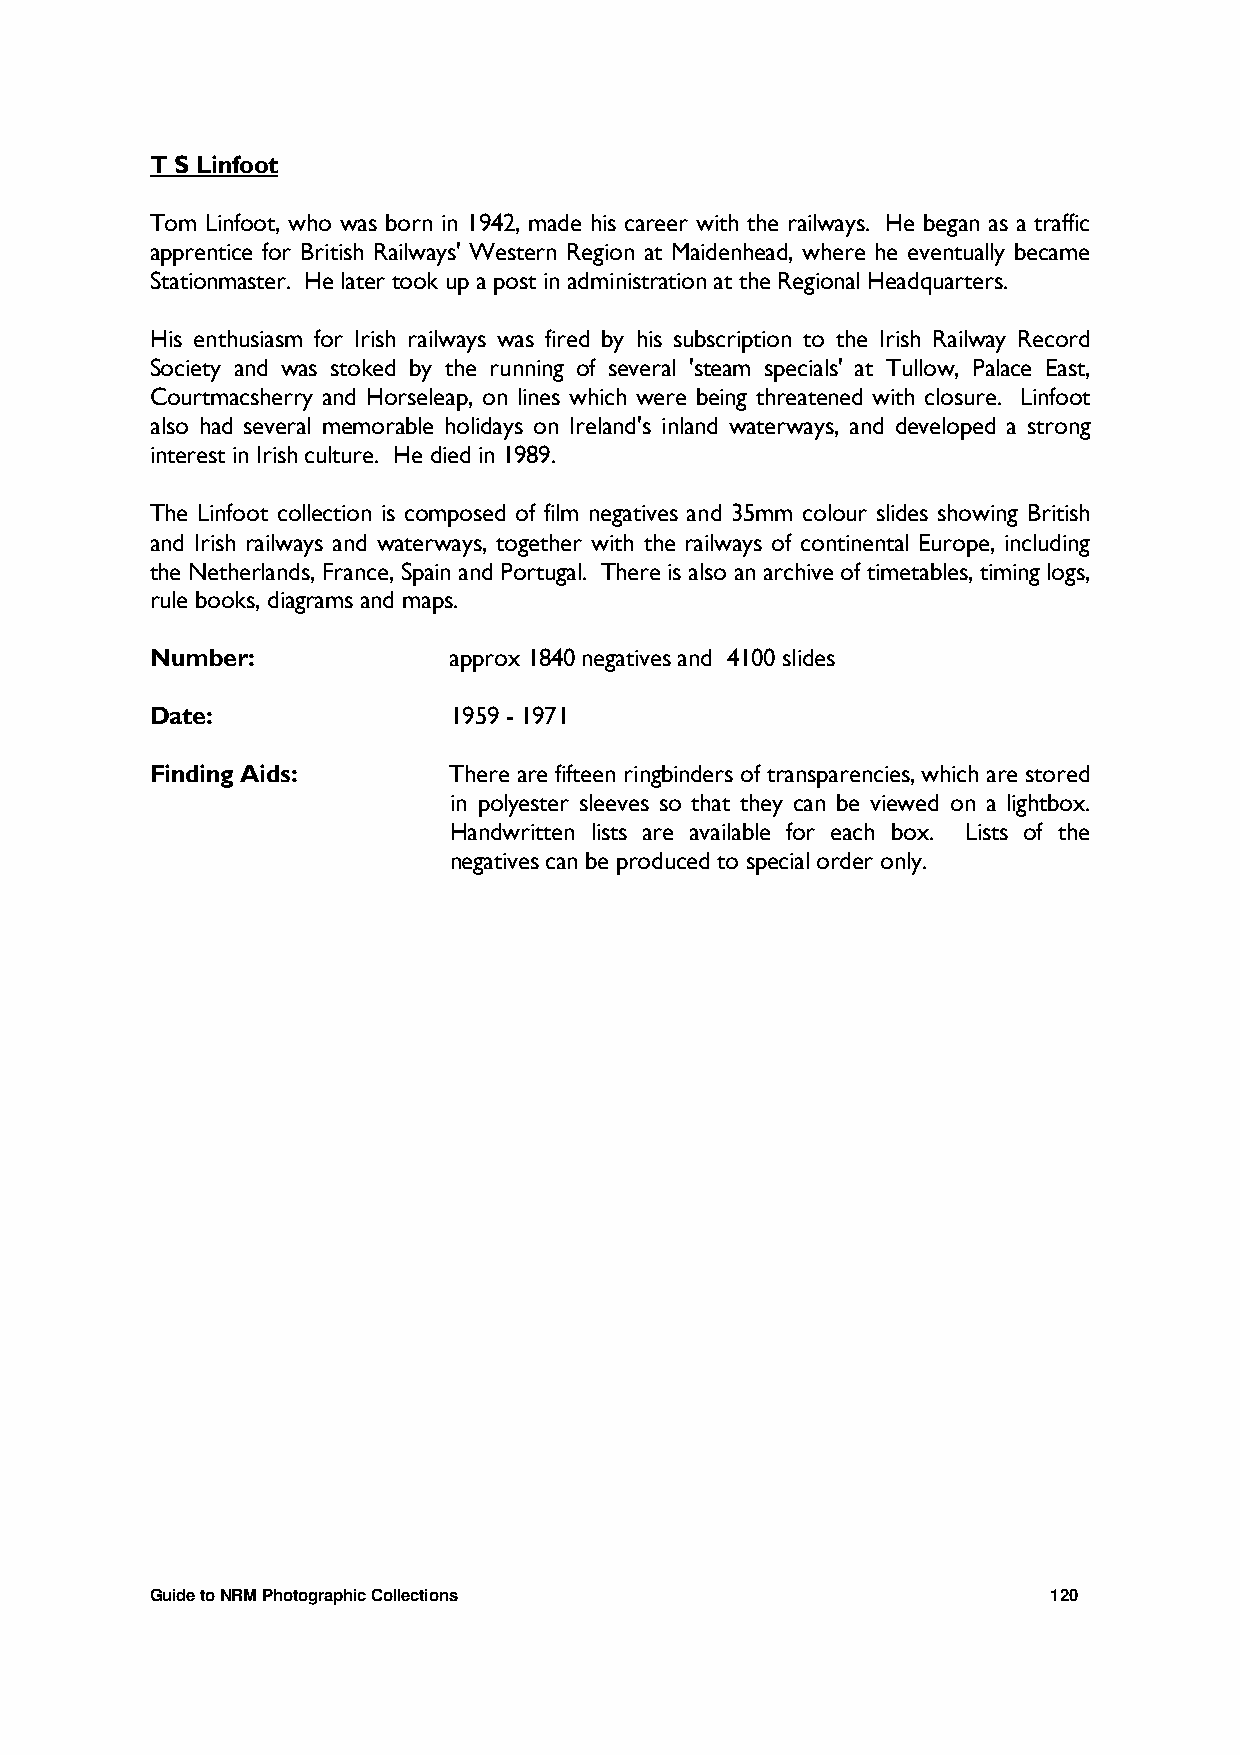
T S Linfoot
 Tom Linfoot, who was born in 1942, made his career with the railways. He began as a traffic
 apprentice for British Railways' Western Region at Maidenhead, where he eventually became
 Stationmaster. He later took up a post in administration at the Regional Headquarters.
 His enthusiasm for Irish railways was fired by his subscription to the Irish Railway Record
 Society and was stoked by the running of several 'steam specials' at Tullow, Palace East,
 Courtmacsherry and Horseleap, on lines which were being threatened with closure. Linfoot
 also had several memorable holidays on Ireland's inland waterways, and developed a strong
 interest in Irish culture. He died in 1989.
 The Linfoot collection is composed of film negatives and 35mm colour slides showing British
 and Irish railways and waterways, together with the railways of continental Europe, including
 the Netherlands, France, Spain and Portugal. There is also an archive of timetables, timing logs,
 rule books, diagrams and maps.
 Number:             approx 1840 negatives and 4100 slides
 Date:               1959 - 1971
 Finding Aids:       There are fifteen ringbinders of transparencies, which are stored
 in polyester sleeves so that they can be viewed on a lightbox.
 Handwritten lists are available for each box. Lists of the
 negatives can be produced to special order only.
 Guide to NRM Photographic Collections                       120